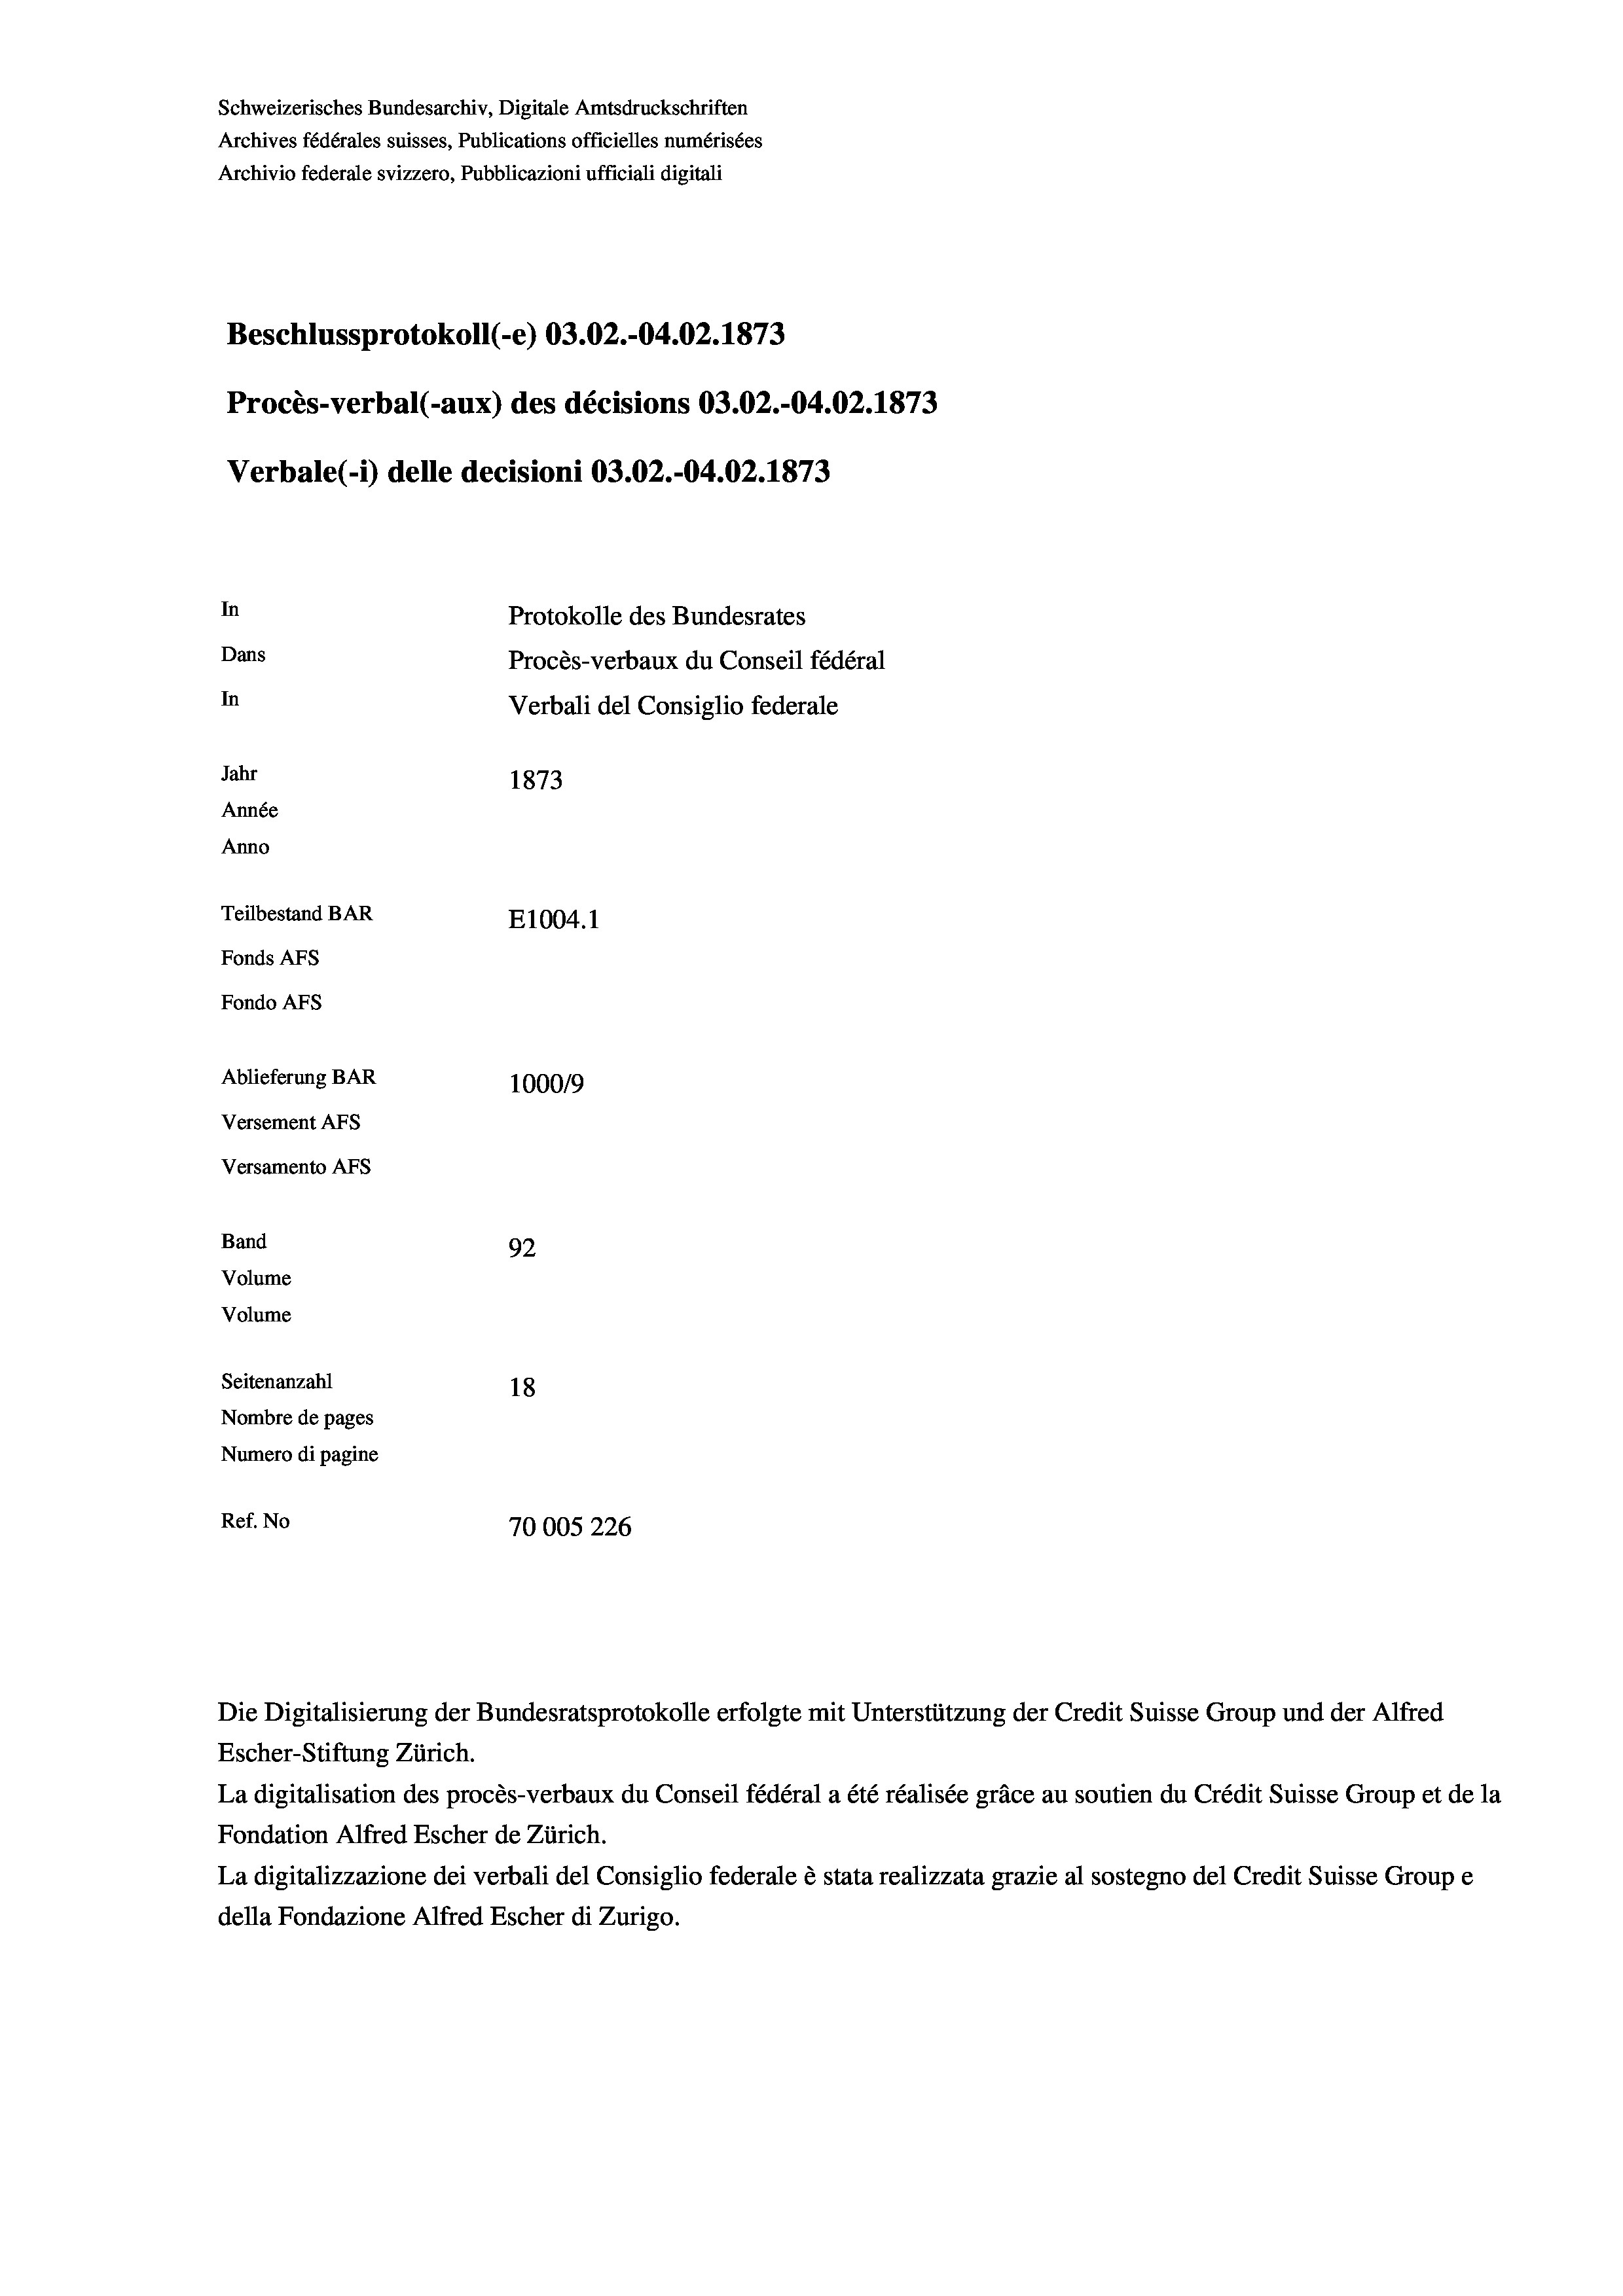
Schweizerisches Bundesarchiv, Digitale Amtsdruckschriften
Archives fédérales suisses, Publications officielles numérisées
Archivio federale svizzero, Pubblicazioni ufficiali digitali
Beschlussprotokoll (-e) 03.02.-04.02. 1873
Procès-verbal (-aux) des décisions 03.02.-04.02. 1873
Verbale(-*) delle decisioni 03.02.-04.02. 1873
In
Protokolle des Bundesrates
Dans
Procès-verbaux du Conseil fédéral
In
Verbali del Consiglio federale
Jahr
1873
Année
Anno
Teilbestand BAR
E1004.1
Fonds Afs
Fondo Afs
Ablieferung BAR
100019
Versement AFs
Versamento AFs
Band
92
Volume
Volume
Seitenanzahl
18
Nombre de pages
Numero di pagine
Ref. No
70005 226

La digitalisation des procès-verbaux du Conseil fédéral a été réalisée gräce au soutien du Crédit Suisse Group et de la
Fondation Alfred Escher de Zürich.
La digitalizzazione dei verbali del Consiglio federale è stata realizzata grazie al sostegno del Credit Suisse Groupe
della Fondazione Alfred Escher di Zurigo.

Die Digitalisierung der Bundesratsprotokolle erfolgte mit Unterstützung der Credit Suisse Group und der Alfred
Escher-Stiftung Zürich.